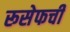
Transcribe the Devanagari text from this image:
रूसेफची